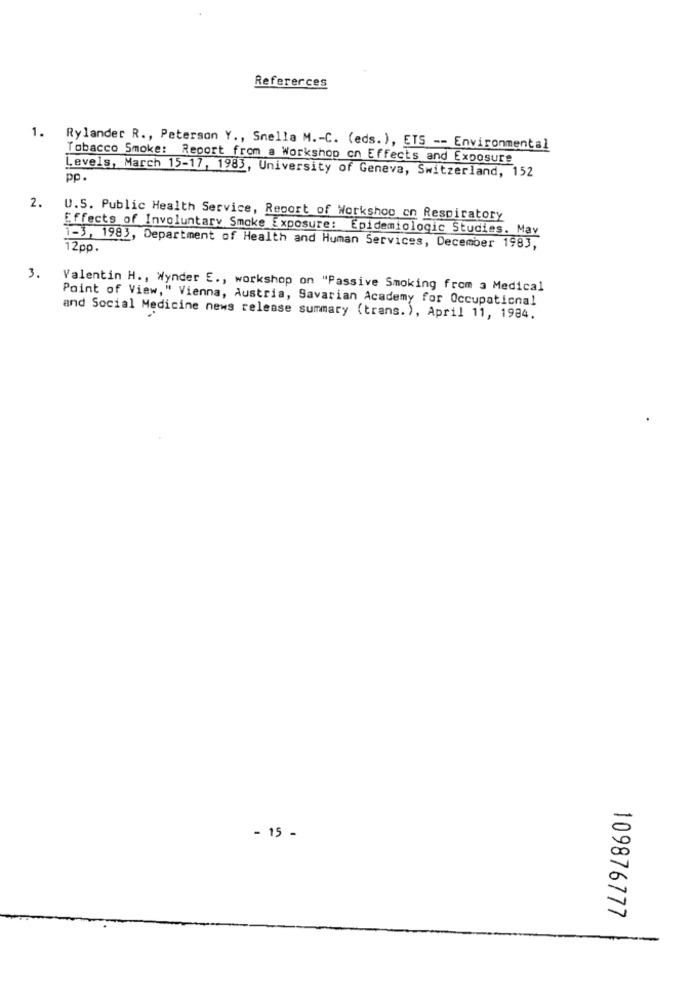
Refererces
1.
Rylander R ., Peterson Y ., Snella M .- C. (eds. ), ETS -- Environmental
Tobacco Smoke: Report from a Workshop on Effects and Exposure
Levels, March 15-17, 1983, University of Geneva, Switzerland, 152
pp.
2.
U.S. Public Health Service, Report of Workshop on Respiratory
Effects of Involuntary Smoke Exposure: Epidemiologic Studies. Mav
1-3, 1983, Department of Health and Human Services, December 1983,
12pp.
3. Valentin H ., Wynder E ., workshop on "Passive Smoking from a Medical
Point of View," Vienna, Austria, Savarian Academy for Occupational
and Social Medicine news release summary (trans. ), April 11, 1984.
- 15 -
109876777